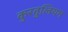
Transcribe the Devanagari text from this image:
कुरतुलियन